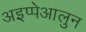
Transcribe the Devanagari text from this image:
अइप्पेआलुन